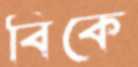
বিকে